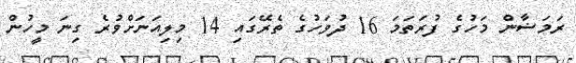
ރަމަޟާން މަހުގެ ފުރަތަމަ 16 ދުވަހުގެ ތެރޭގައި 14 މިލިއަނަށްވުރެ ގިނަ މީހުން